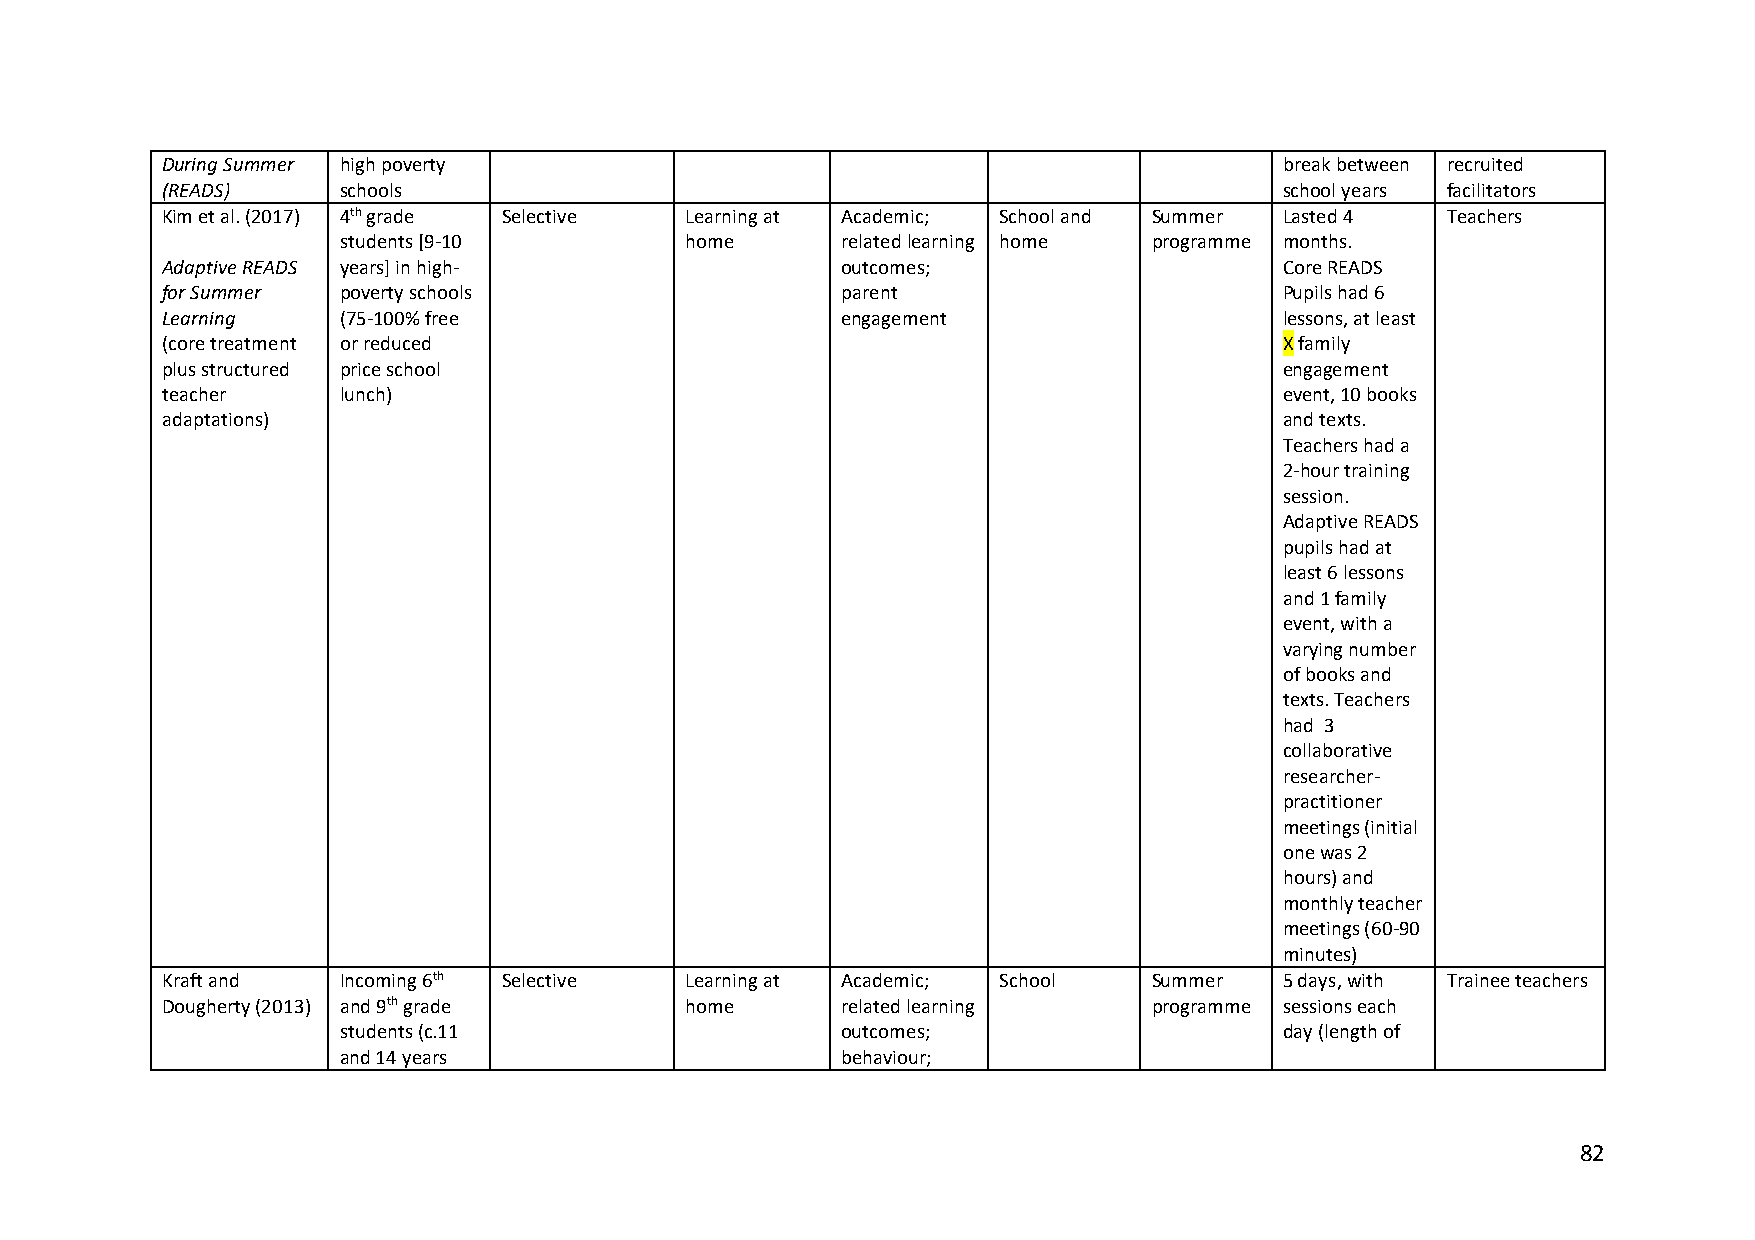
During Summer high poverty                                                break between recruited
 (READS)    schools                                                        school years facilitators
 Kim et al. (2017) 4th grade Selective Learning at Academic; School and Summer Lasted 4 Teachers
 students [9-10         home       related learning home programme months.
 Adaptive READS years] in high-               outcomes;                    Core READS
 for Summer poverty schools                   parent                       Pupils had 6
 Learning   (75-100% free                     engagement                   lessons, at least
 (core treatment or reduced                                                X family
 plus structured price school                                              engagement
 teacher    lunch)                                                         event, 10 books
 adaptations)                                                              and texts.
 Teachers had a
 2-hour training
 session.
 Adaptive READS
 pupils had at
 least 6 lessons
 and 1 family
 event, with a
 varying number
 of books and
 texts. Teachers
 had 3
 collaborative
 researcher-
 practitioner
 meetings (initial
 one was 2
 hours) and
 monthly teacher
 meetings (60-90
 minutes)
 Kraft and  Incoming 6th Selective Learning at Academic; School   Summer   5 days, with Trainee teachers
 Dougherty (2013) and 9th grade    home       related learning    programme sessions each
 students (c.11                    outcomes;                    day (length of
 and 14 years                      behaviour;
 82